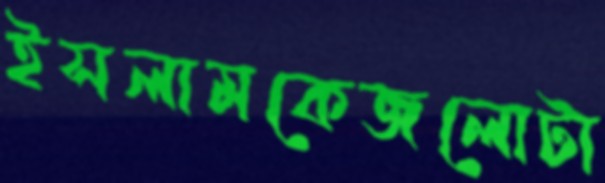
ইসলামকেজলোটা